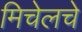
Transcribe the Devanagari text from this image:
मिचेलचे